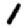
Digit: 1